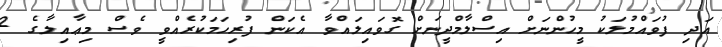
އަދި ފުވައްމުލަކު މީހުންނަށް އިސްލާމްދީނަށް ގޮވައިލައްވާ އެކަން ފުރިހަމަކުރެއްވީ ވެސް މިޢާއިލާގެ 2